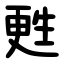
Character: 甦